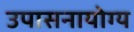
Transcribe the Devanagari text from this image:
उपासनायोग्य